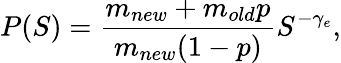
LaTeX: P(S)=\frac{m_{new}+m_{old}p}{m_{new}(1-p)}S^{-\gamma_{e}},